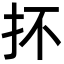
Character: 抔